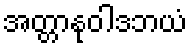
အတ္တာနုဝါဒဘယံ